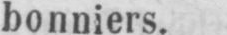
bonniers.